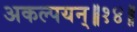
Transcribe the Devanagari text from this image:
अकल्पयन्॥१४॥